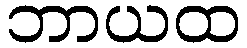
ဘာယထ